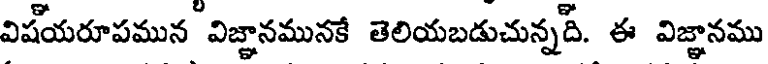
విషయరూపమున విజ్ఞానమునకే తెలియబడుచున్నది. ఈ విజ్ఞానము